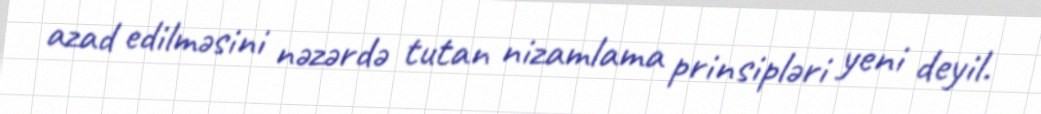
azad edilməsini nəzərdə tutan nizamlama prinsipləri yeni deyil.